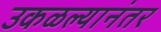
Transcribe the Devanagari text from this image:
उकळल्यानंतर